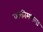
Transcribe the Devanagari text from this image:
व्यक्तीमधला